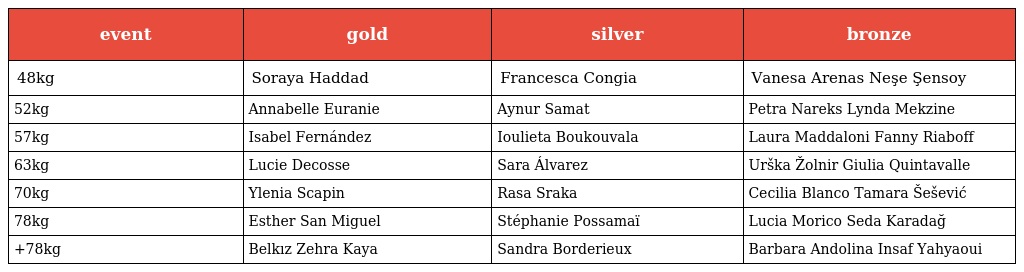
| event | gold | silver | bronze |
 | --- | --- | --- | --- |
 | 48kg | Soraya Haddad | Francesca Congia | Vanesa Arenas Neşe Şensoy |
 | 52kg | Annabelle Euranie | Aynur Samat | Petra Nareks Lynda Mekzine |
 | 57kg | Isabel Fernández | Ioulieta Boukouvala | Laura Maddaloni Fanny Riaboff |
 | 63kg | Lucie Decosse | Sara Álvarez | Urška Žolnir Giulia Quintavalle |
 | 70kg | Ylenia Scapin | Rasa Sraka | Cecilia Blanco Tamara Šešević |
 | 78kg | Esther San Miguel | Stéphanie Possamaï | Lucia Morico Seda Karadağ |
 | +78kg | Belkız Zehra Kaya | Sandra Borderieux | Barbara Andolina Insaf Yahyaoui |